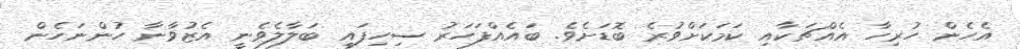
އެހެން ހުރިހާ އެއްޗަކާއި ކަމަކަށްވުރެ ބޮޑަށެވެ. ބައެއްފަހަރު ސިހިފައި ބަލާލެވެނީ އެޒުވާނާ ހުންނަހެން